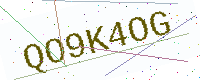
Text: QO9K4OG